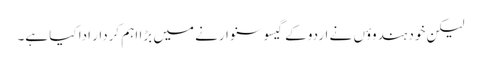
لیکن خود ہندوؤں نے اردو کے گیسو سنوارنے میں بڑا اہم کردار ادا کیا ہے۔